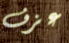
عزف